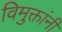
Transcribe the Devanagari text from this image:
विमुक्तांनी